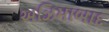
અઝિમાબાદ